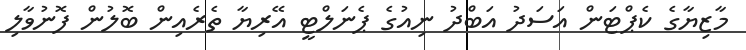
މާޒިޔާގެ ކެޕްޓަން އަސަދު އަބްދު ނިއުގެ ޕެނަލްޓީ އޭރިޔާ ތެރެެއިން ބޮލުން ފޮނުވާލި